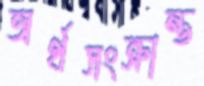
অর্থসংক্রান্ত